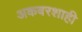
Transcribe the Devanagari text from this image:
अकबरशाही